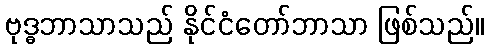
ဗုဒ္ဓဘာသာသည် နိုင်ငံတော်ဘာသာ ဖြစ်သည်။